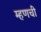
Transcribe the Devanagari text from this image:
म्हणची